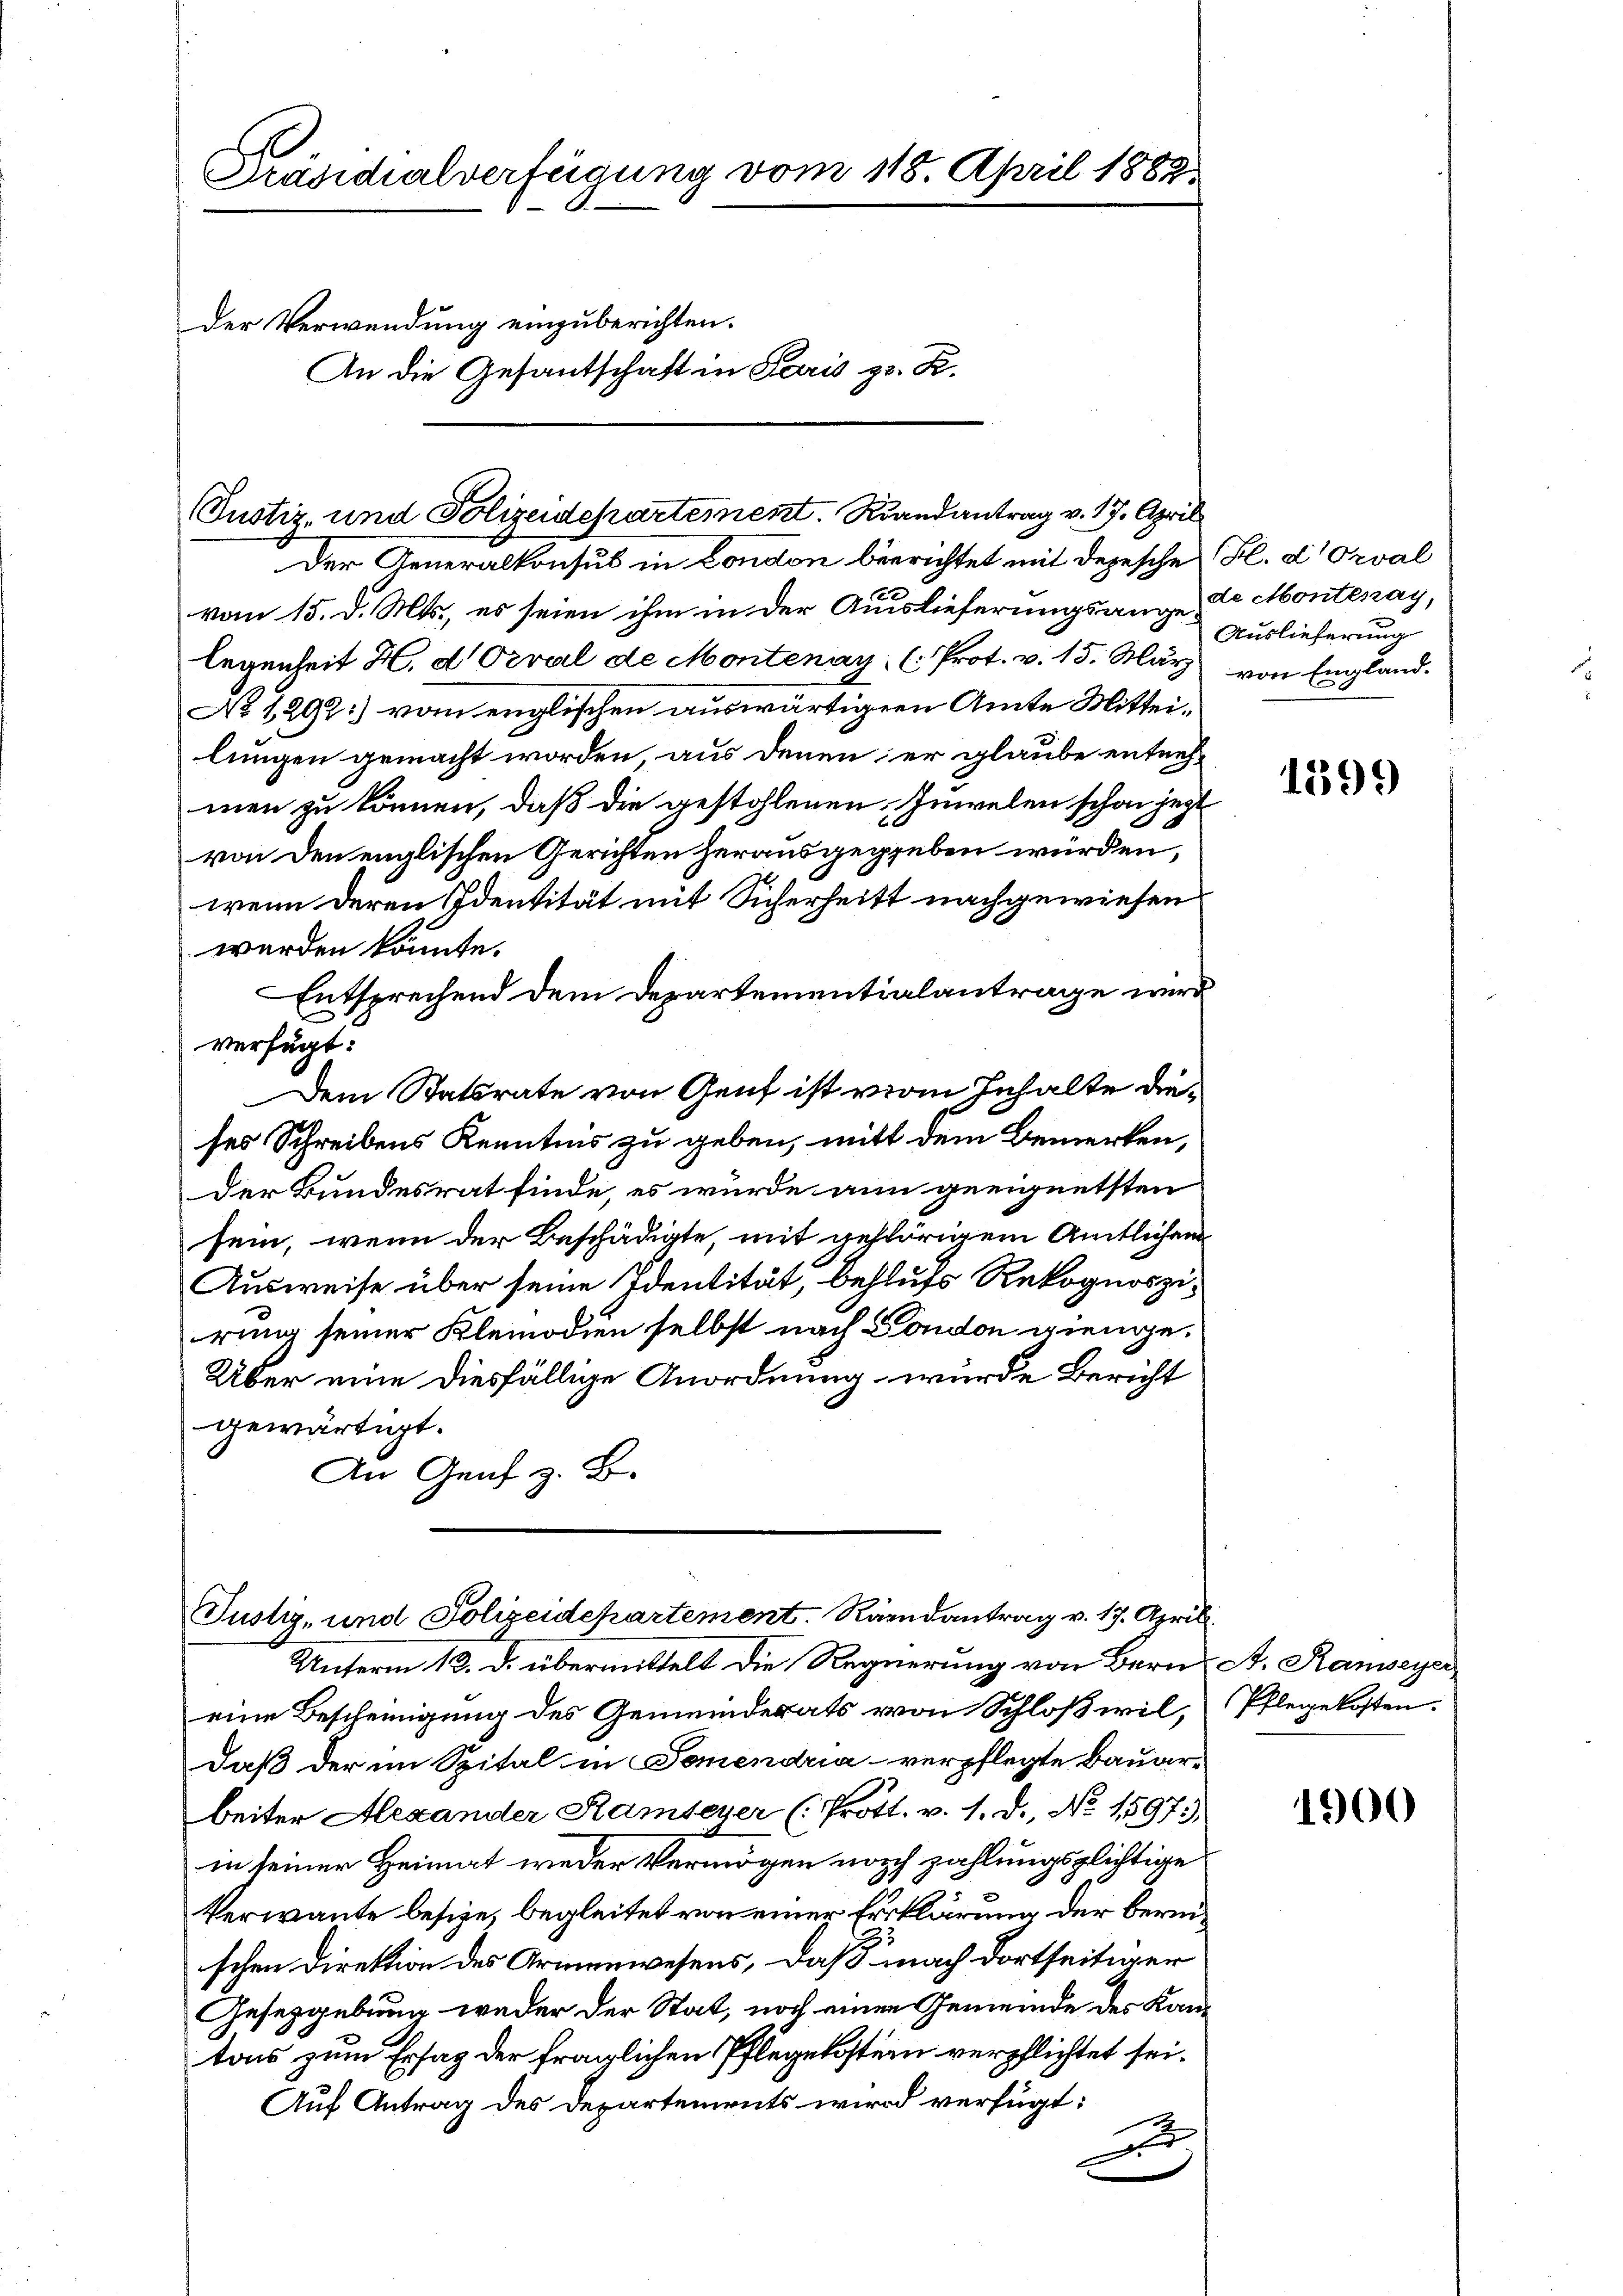
Präsidialverfügung vom 118. April 1882
Der Verwendung einzuberichten.
An die Gesantschaft in Paris zu. K.

Pustiz- und Polizeidepartement. Randantrag v. 17. April

Justiz- und Polizeidepartement Raandantrag v. 17. April.

Der Generalkonsul in London beerichtet mit depesche Fl. Orval
vom 15. d. Mts., es seien ihm in der Auslieferungsange de Montenay,
legenheit H. d. Orval de Montenay, (Prot. v. 15. März von England.
No 1292) vom englischen auswärtigen Amte Mitteilungen gemacht worden, aus denen er glaube entnehmen zu können, daß die gestohlenen Inwelen schon jezt
von den englischen Gerichten herausgegeben würden,
wenn deren Identität mit Sicherheits nachgewiesen
werden könnte.
Entsprechend dem Departementialantrage wird
verfügt:
Dem Statsrate von Genf ist vom Inhalte dieses Schreibens Kenntnis zu geben, mitt dem Bemerken,
der Bundesrat finde, es würde ann geeignetsten
sein, wenn der Beschädigte, mit gehörigem Amtlichen
Ausweise über seine Identität, behufs Rekognoszirung seiner Kleinodien selbst nach London gienge.
Über eine diesfällige Anordnung, wurde Bericht
gewärtigt.
An Graf z. B.

Unterm 12. d. übermittelt die Regierung von Bern, A. Ranseyer
eine Bescheinigung des Gemeinderats von Schloßwil,
Daß der im Spital in Tomendria - verpflegte Bauarbeiter Alexander Rambeyer (Prott. v. 1. d. No 1597.
in seiner Heimat weder Vermögen noch zahlungsglichtige
kerwante besize, begleitet von einer Erklärung der bereischen Direktion des Armenwesens, daß nach dortseitiger
Gesetzgebung weder der Stat, noch einen Gemeinde des Kantons zum Ersatz der fraglichen Pflegekostein verpflichtet sei.
Auf Antrag des Departements wird verfügt:
F

Auslieferung

1399

Pflegekosten.

1900